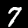
Digit: 7